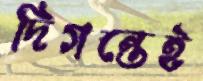
দিগন্তেই